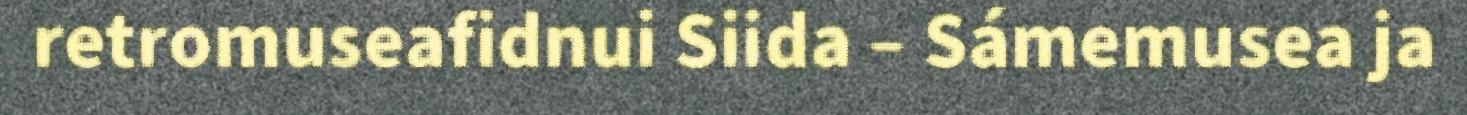
retromuseafidnui Siida – Sámemusea ja